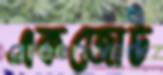
একজোট